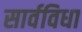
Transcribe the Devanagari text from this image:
सार्वविधा